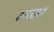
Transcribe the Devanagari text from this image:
अरसात